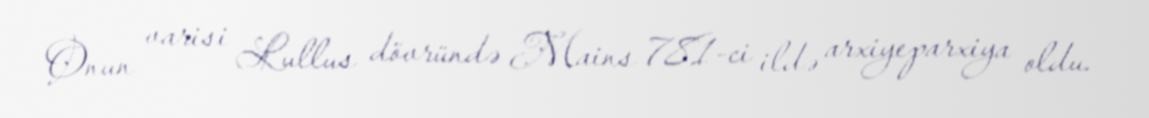
Onun varisi Lullus dövründə Mains 781-ci ildə arxiyeparxiya oldu.